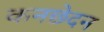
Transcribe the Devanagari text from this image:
कनछेदन